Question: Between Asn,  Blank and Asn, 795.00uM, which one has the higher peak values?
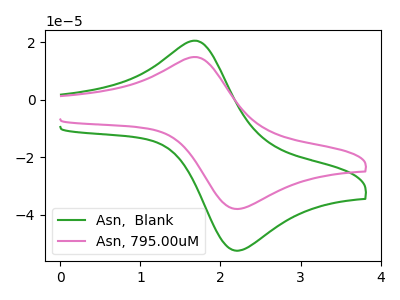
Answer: <think>The green curve "Asn,  Blank" has an anodic peak at (1.70V, 20.50uA) and a cathodic peak at (2.15V, -52.20uA). The pink curve "Asn, 795.00uM" has an anodic peak at (1.70V, 14.85uA) and a cathodic peak at (2.15V, -37.75uA).</think>
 <answer>Every peak in "Asn,  Blank" is higher than every peak in "Asn, 795.00uM".</answer>
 <eval>higher</eval>